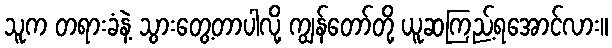
သူက တရားခံနဲ့ သွားတွေ့တာပါလို့ ကျွန်တော်တို့ ယူဆကြည့်ရအောင်လား။